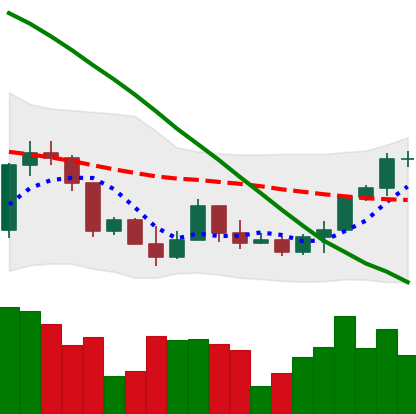
Ticker: ETH-USD
Chart end date: 2022-03-19
Forward return: 5.492%
Label: up_5_7